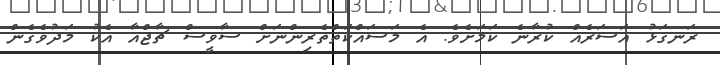
ރަނގަޅު އަސަރެއް ކުރާނެ ކަމަށެވެ. އެ މަސައްކަތްތެރިންނަށް ސާވީސް ޗާޖްއާ އެކު މަދުވެގެން